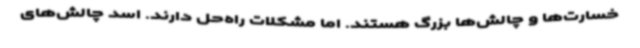
خسارت‌ها و چالش‌ها بزرگ هستند. اما مشکلات راه‌حل دارند. اسد چالش‌های